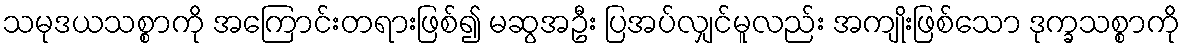
သမုဒယသစ္စာကို အကြောင်းတရားဖြစ်၍ မဆွအဦး ပြအပ်လျှင်မူလည်း အကျိုးဖြစ်သော ဒုက္ခသစ္စာကို